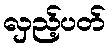
လှည့်ပတ်